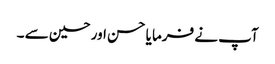
آپ نے فرما یا حسن اور حسین سے ۔